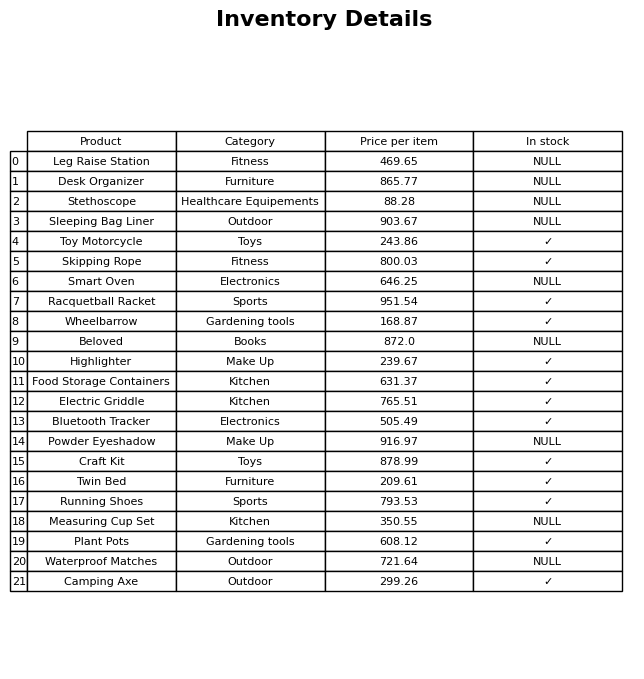
question: What is the price for Running Shoes?
answer: The price of Running Shoes is 793.53.